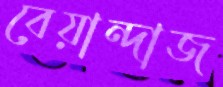
বেয়ান্দাজ